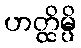
ဟတ္ထိမ္ပိ